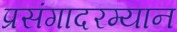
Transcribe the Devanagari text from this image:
प्रसंगादरम्यान